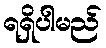
ရရှိပါမည်